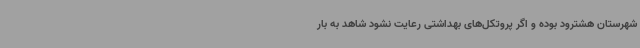
شهرستان هشترود بوده و اگر پروتکل‌های بهداشتی رعایت نشود شاهد به بار